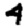
Digit: 4